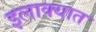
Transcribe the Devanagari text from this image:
इलाक्यात